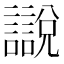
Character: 𧭚